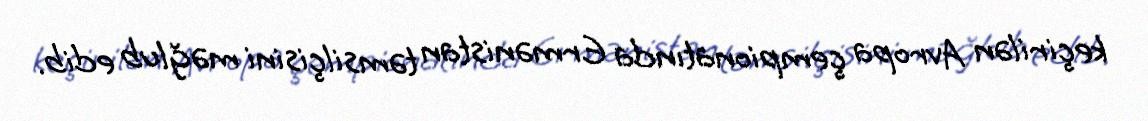
keçirilən Avropa çempionatında Ermənistan təmsilçisini məğlub edib.